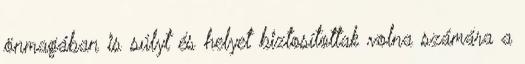
önmagában is súlyt és helyet biztosítottak volna számára a